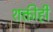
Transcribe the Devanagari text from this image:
शक्तीही